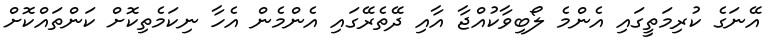
އޭނަގެ ކުރިމަތީގައި އެންމެ ލޯބިވާކުއްޖާ އާއި ދޭތެރޭގައި އެންމެން އެހާ ނިކަމެތިކޮށް ކަންތައްކޮށް